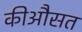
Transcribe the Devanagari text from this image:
कीऔसत